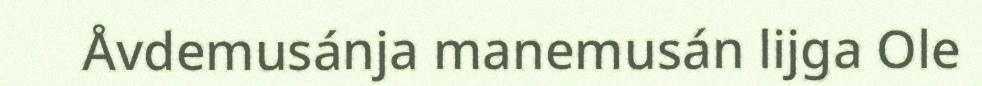
Åvdemusánja manemusán lijga Ole